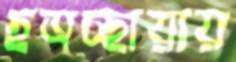
ছত্রচ্ছায়ায়